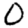
Digit: 0